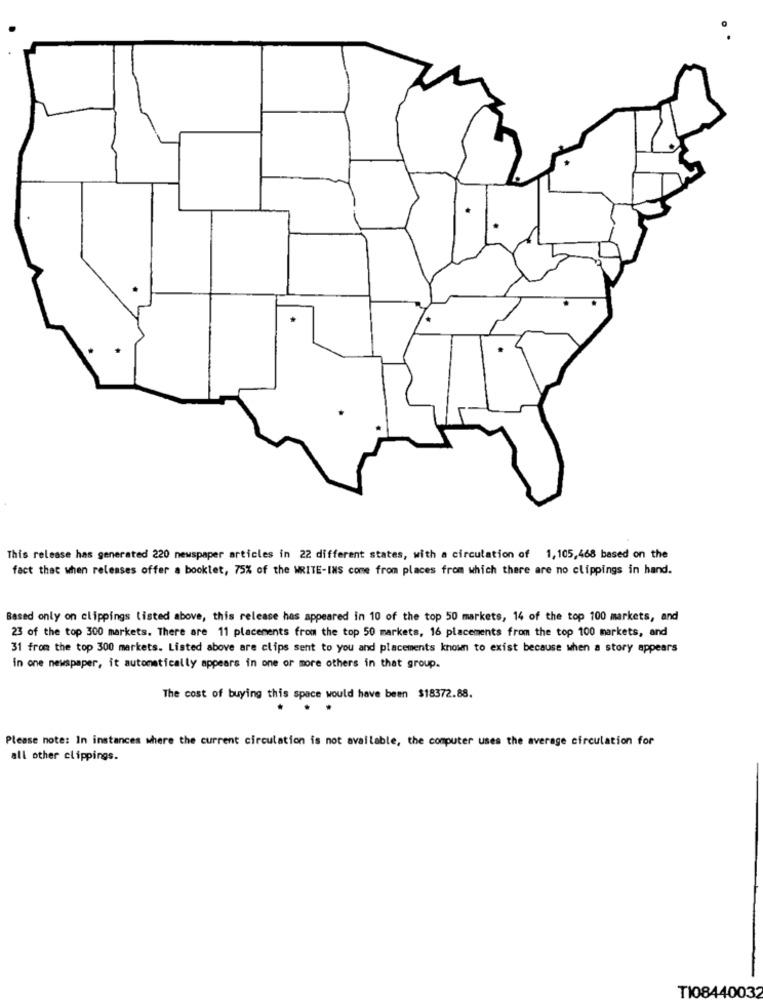
.
This release has generated 220 newspaper articles in 22 different states, with a circulation of 1,105,468 based on the
fact that when releases offer a booklet, 75% of the WRITE-INS come from places from which there are no clippings in hand.
Based only on clippings listed above, this release has appeared in 10 of the top 50 markets, 14 of the top 100 markets, and
23 of the top 300 markets. There are 11 placements from the top 50 markets, 16 placements from the top 100 markets, and
31 from the top 300 markets. Listed above are clips sent to you and placements known to exist because when a story appears
in one newspaper, it automatically appears in one or more others in that group.
The cost of buying this space would have been $18372.88.
Please note: In instances where the current circulation is not available, the computer uses the average circulation for
all other clippings.
TI08440032